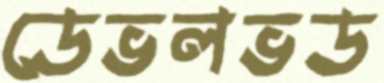
ডেভলভড